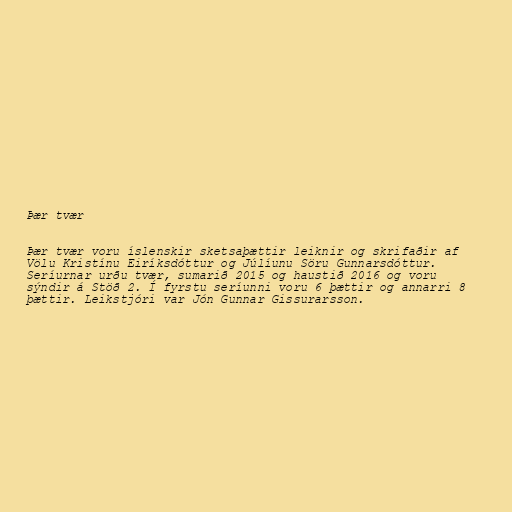
Þær tvær

Þær tvær voru íslenskir sketsaþættir leiknir og skrifaðir af
Völu Kristínu Eiríksdóttur og Júlíunu Söru Gunnarsdóttur.
Seríurnar urðu tvær, sumarið 2015 og haustið 2016 og voru
sýndir á Stöð 2. Í fyrstu seríunni voru 6 þættir og annarri 8
þættir. Leikstjóri var Jón Gunnar Gissurarsson.